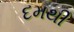
દમથી